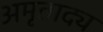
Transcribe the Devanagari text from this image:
अमृताद्य